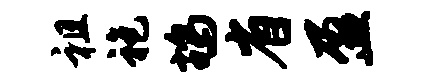
祖袍鸪省盈